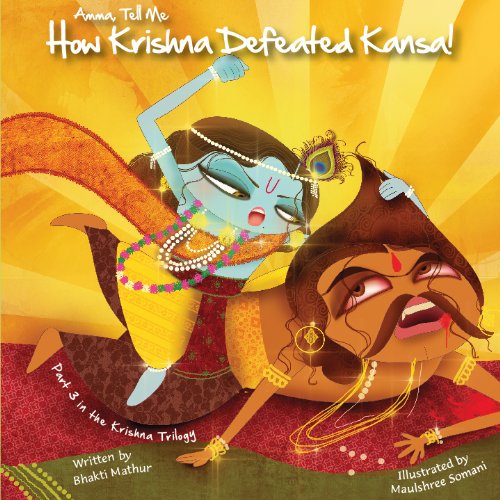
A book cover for Amma Tell Me How Krishna Defeated Kansa!; Bhakti Mathur; Comics & Graphic Novels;